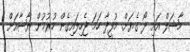
މާޝަލް އައި ދޯ ގެޔަށް. މުފީދާ ހަމަ ޖެހިލައިގެން ހުރުމުން ޔާޝާއަށް